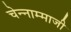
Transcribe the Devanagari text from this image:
चेन्‍नाम्‍माजी